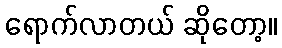
ရောက်လာတယ် ဆိုတော့။